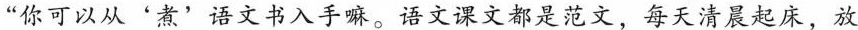
“你可以从'煮'语文书入手嘛。语文课文都是范文，每天清晨起床，放